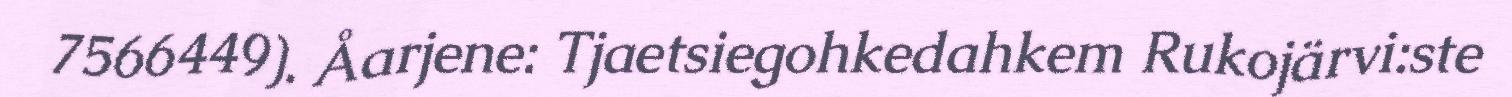
7566449). Åarjene: Tjaetsiegohkedahkem Rukojärvi:ste